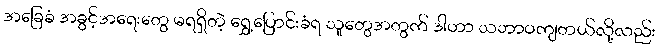
အခြေခံ အခွင့်အရေးတွေ မရရှိတဲ့ ရွှေ့ပြောင်းခံရ သူတွေအတွက် ဒါဟာ သဘာဝကျတယ်လို့လည်း